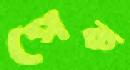
পেক